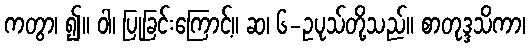
ကတွာ၊ ၍။ ဝါ၊ ပြုခြင်းကြောင့်။ ဆ၊ ၆-ဥပုသ်တို့သည်။ စာတုဒ္ဒသိကာ၊